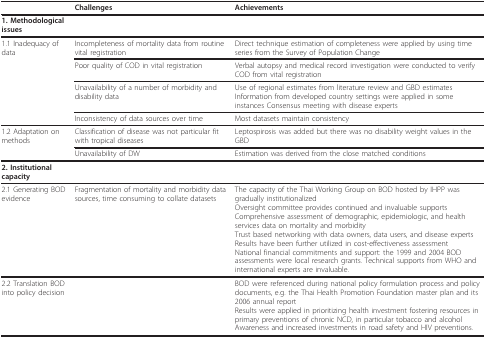
|  | Challenges | Achievements |
 | --- | --- | --- |
 | 1. Methodological issues |  |  |
 | 1.1 Inadequacy of data | Incompleteness of mortality data from routine vital registration | Direct technique estimation of completeness were applied by using time series from the Survey of Population Change |
 |  | Poor quality of COD in vital registration | Verbal autopsy and medical record investigation were conducted to verify COD from vital registration |
 |  | Unavailability of a number of morbidity and disability data | Use of regional estimates from literature review and GBD estimates Information from developed country settings were applied in some instances Consensus meeting with disease experts |
 |  | Inconsistency of data sources over time | Most datasets maintain consistency |
 | 1.2 Adaptation on methods | Classification of disease was not particular fit with tropical diseases | Leptospirosis was added but there was no disability weight values in the GBD |
 |  | Unavailability of DW | Estimation was derived from the close matched conditions |
 | 2. Institutional capacity |  |  |
 | 2.1 Generating BOD evidence | Fragmentation of mortality and morbidity data sources, time consuming to collate datasets | The capacity of the Thai Working Group on BOD hosted by IHPP was gradually institutionalizedOversight committee provides continued and invaluable supportsComprehensive assessment of demographic, epidemiologic, and health services data on mortality and morbidityTrust based networking with data owners, data users, and disease expertsResults have been further utilized in cost-effectiveness assessmentNational financial commitments and support: the 1999 and 2004 BOD assessments were local research grants. Technical supports from WHO and international experts are invaluable. |
 | 2.2 Translation BOD into policy decision |  | BOD were referenced during national policy formulation process and policy documents, e.g. the Thai Health Promotion Foundation master plan and its 2006 annual reportResults were applied in prioritizing health investment fostering resources in primary preventions of chronic NCD, in particular tobacco and alcoholAwareness and increased investments in road safety and HIV preventions. |